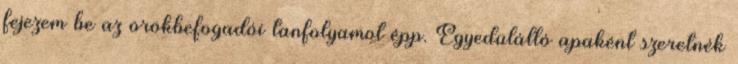
fejezem be az örökbefogadói tanfolyamot épp. Egyedülálló apaként szeretnék